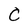
Character: 0